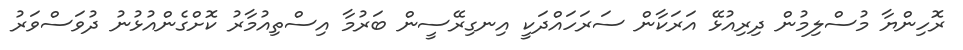
ރޮހިންޔާ މުސްލިމުން ދިރިއުޅޭ އަރަކާން ސަރަހައްދަކީ އިނގިރޭސީން ބަރުމާ އިސްތިއުމާރު ކޮށްގެންއުޅުނު ދުވަސްވަރު